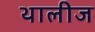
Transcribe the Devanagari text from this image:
थालीज